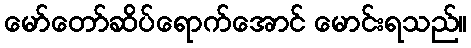
မော်တော်ဆိပ်ရောက်အောင် မောင်းရသည်။